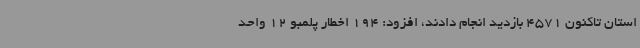
استان تاکنون 4571 بازدید انجام دادند، افزود: 194 اخطار پلمبو 12 واحد